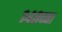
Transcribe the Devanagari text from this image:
१४८व्या